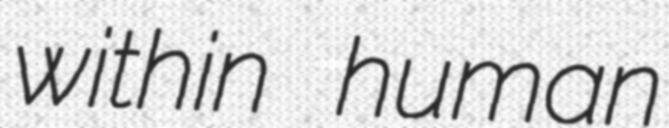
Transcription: within human